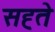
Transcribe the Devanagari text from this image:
सह्ते